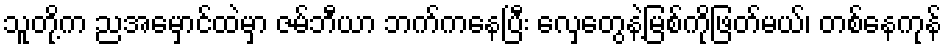
သူတို့က ညအမှောင်ထဲမှာ ဇမ်ဘီယာ ဘက်ကနေပြီး လှေတွေနဲ့မြစ်ကိုဖြတ်မယ်၊ တစ်နေကုန်